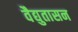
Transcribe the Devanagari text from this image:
वैद्युतासन